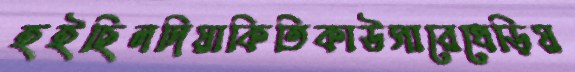
হইছিলদিয়াকিতিকাউসারেধেড়িয়